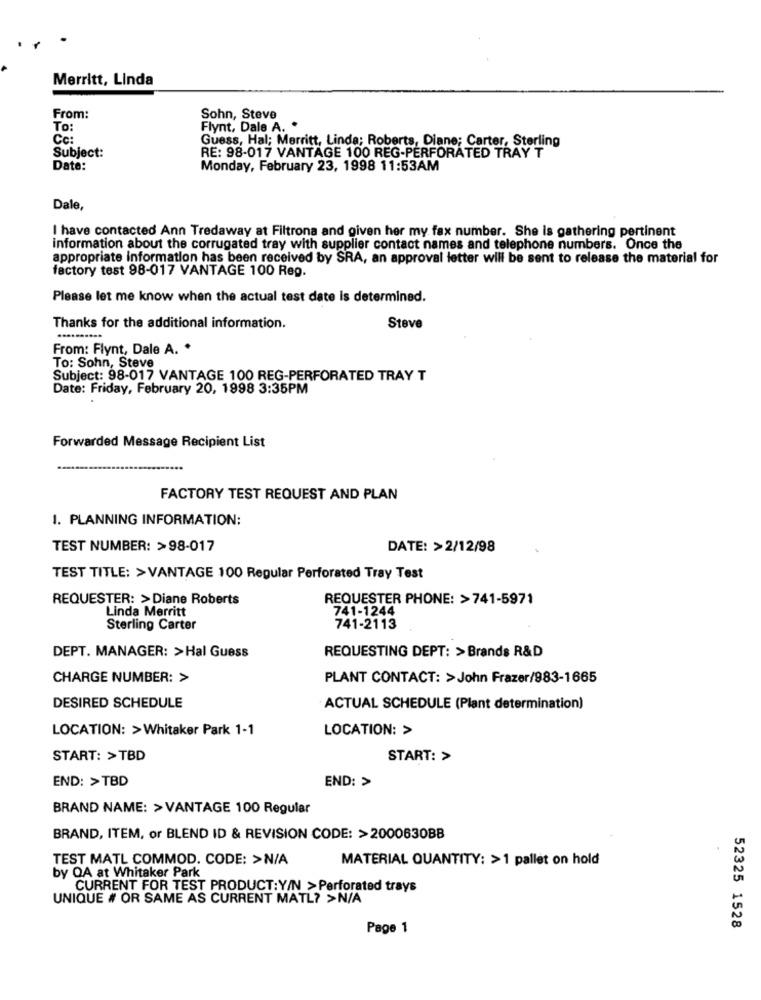
Merritt, Linda
From:
Sohn, Steve
To:
Flynt, Dale A. .
Cc:
Guess, Hal; Merritt, Linda; Roberts, Diane; Carter, Sterling
Subject:
RE: 98-017 VANTAGE 100 REG-PERFORATED TRAY T
Date:
Monday, February 23, 1998 11:53AM
Dale,
I have contacted Ann Tredaway at Filtrona and given her my fax number. She is gathering pertinent
information about the corrugated tray with supplier contact names and telephone numbers. Once the
appropriate information has been received by SRA, an approval letter will be sent to release the material for
factory test 98-017 VANTAGE 100 Rep.
Please let me know when the actual test date is determined.
Thanks for the additional information.
Steve
From: Flynt, Dale A. *
To: Sohn, Steve
Subject: 98-017 VANTAGE 100 REG-PERFORATED TRAY T
Date: Friday, February 20, 1998 3:35PM
Forwarded Message Recipient List
FACTORY TEST REQUEST AND PLAN
1. PLANNING INFORMATION:
TEST NUMBER: >98-017
DATE: >2/12/98
TEST TITLE: >VANTAGE 100 Regular Perforated Tray Test
REQUESTER: >Diane Roberts
REQUESTER PHONE: >741-5971
Linda Merritt
741-1244
Sterling Carter
741-2113
REQUESTING DEPT: >Brands R&D
DEPT. MANAGER: >Hal Guess
CHARGE NUMBER: >
PLANT CONTACT: >John Frazer/983-1665
DESIRED SCHEDULE
ACTUAL SCHEDULE (Plant determination)
LOCATION: >Whitaker Park 1-1
LOCATION: >
START: >TBD
START: >
END: >TBD
END: >
BRAND NAME: > VANTAGE 100 Regular
BRAND, ITEM, or BLEND ID & REVISION CODE: >2000630BB
TEST MATL COMMOD. CODE: >N/A
MATERIAL QUANTITY: >1 pallet on hold
by OA at Whitaker Park
CURRENT FOR TEST PRODUCT: Y/N >Perforated trays
UNIQUE # OR SAME AS CURRENT MATL? >N/A
Page 1
52325 1528